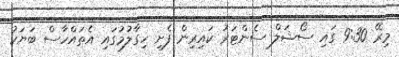
މިރޭ 9:30 ގައި ސޯޝަލް ސެންޓަރު ކައިރިން ފެށި ހިގާލުމުގައި އެތައްހާސް ބަޔަކު